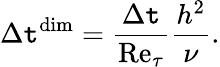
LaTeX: \Delta\mathtt{t}^{\mathrm{{dim}}}=\frac{{\Delta\mathtt{t}}}{{\mathrm{{Re}}_{\tau}}}\frac{{h^{2}}}{{\nu}}.